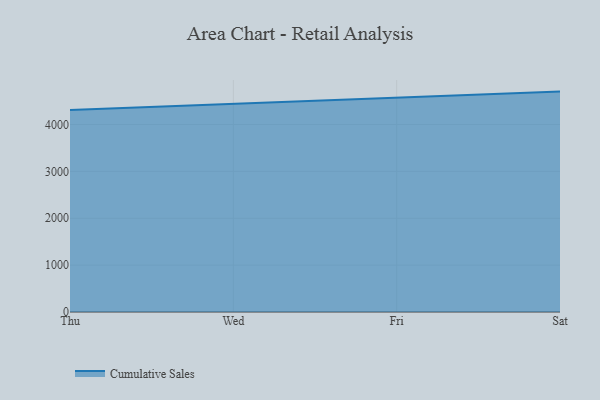
{"axis": {"x": "Day", "y": "Bounce Rate (%)"}, "legend": ["Cumulative Sales"], "data": [{"x": "Thu", "y": 4310.4, "type": "Cumulative Sales"}, {"x": "Wed", "y": 4438.8, "type": "Cumulative Sales"}, {"x": "Fri", "y": 4566.4, "type": "Cumulative Sales"}, {"x": "Sat", "y": 4701.7, "type": "Cumulative Sales"}]}